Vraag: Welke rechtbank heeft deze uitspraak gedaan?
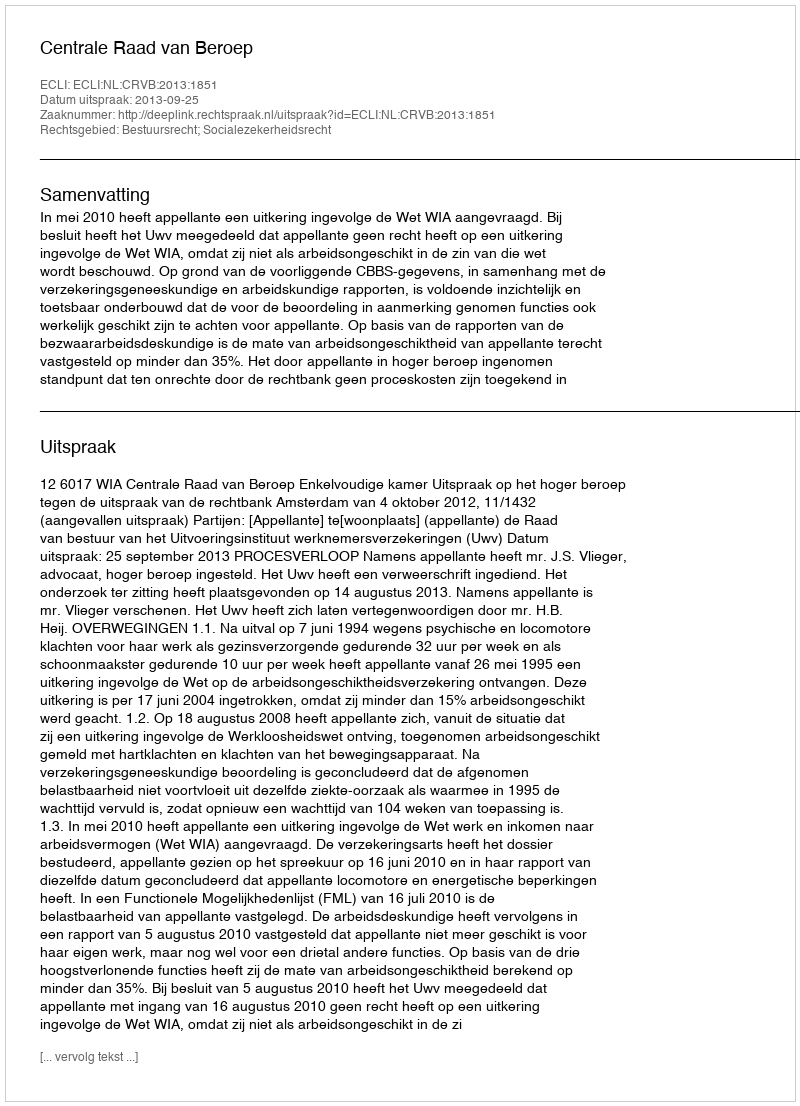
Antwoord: Centrale Raad van Beroep